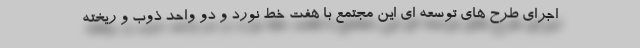
اجراي طرح هاي توسعه اي اين مجتمع با هفت خط نورد و دو واحد ذوب و ريخته